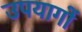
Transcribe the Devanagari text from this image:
उपयागों